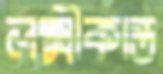
লক্ষ্মীকান্ত